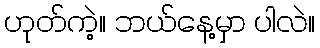
ဟုတ်ကဲ့။ ဘယ်နေ့မှာ ပါလဲ။